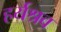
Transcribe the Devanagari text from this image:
हर्यश्रव